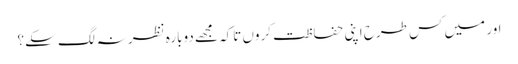
اور میں کس طرح اپنی حفاظت کروں تاکہ مجھے دوبارہ نظر نہ لگ سکے؟